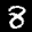
Label: 8